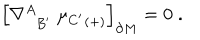
\Bigr [ \nabla _ { \; \; B ^ { \prime } } ^ { A } \; { \mu _ { C ^ { \prime } } } _ { ( + ) } \Bigr ] _ { \partial M } = 0 \; .